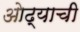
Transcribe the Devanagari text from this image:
ओढ्याची